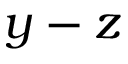
y - z